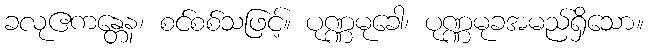
ခလုဧကန္တေန၊ စင်စစ်သဖြင့်။ ပုဏ္ဏမုခေါ၊ ပုဏ္ဏမုခအမည်ရှိသော။